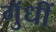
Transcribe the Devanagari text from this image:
गुॅधीं